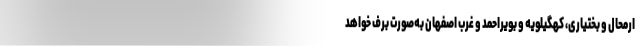
ارمحال و بختیاری، کهگیلویه و بویراحمد و غرب اصفهان به‌صورت برف خواهد